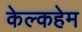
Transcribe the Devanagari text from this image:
केल्कहेम